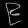
Digit: ၉